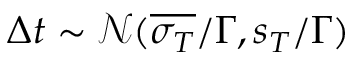
\Delta t \sim \mathcal { N } ( \overline { { \sigma _ { T } } } / \Gamma , s _ { T } / \Gamma )